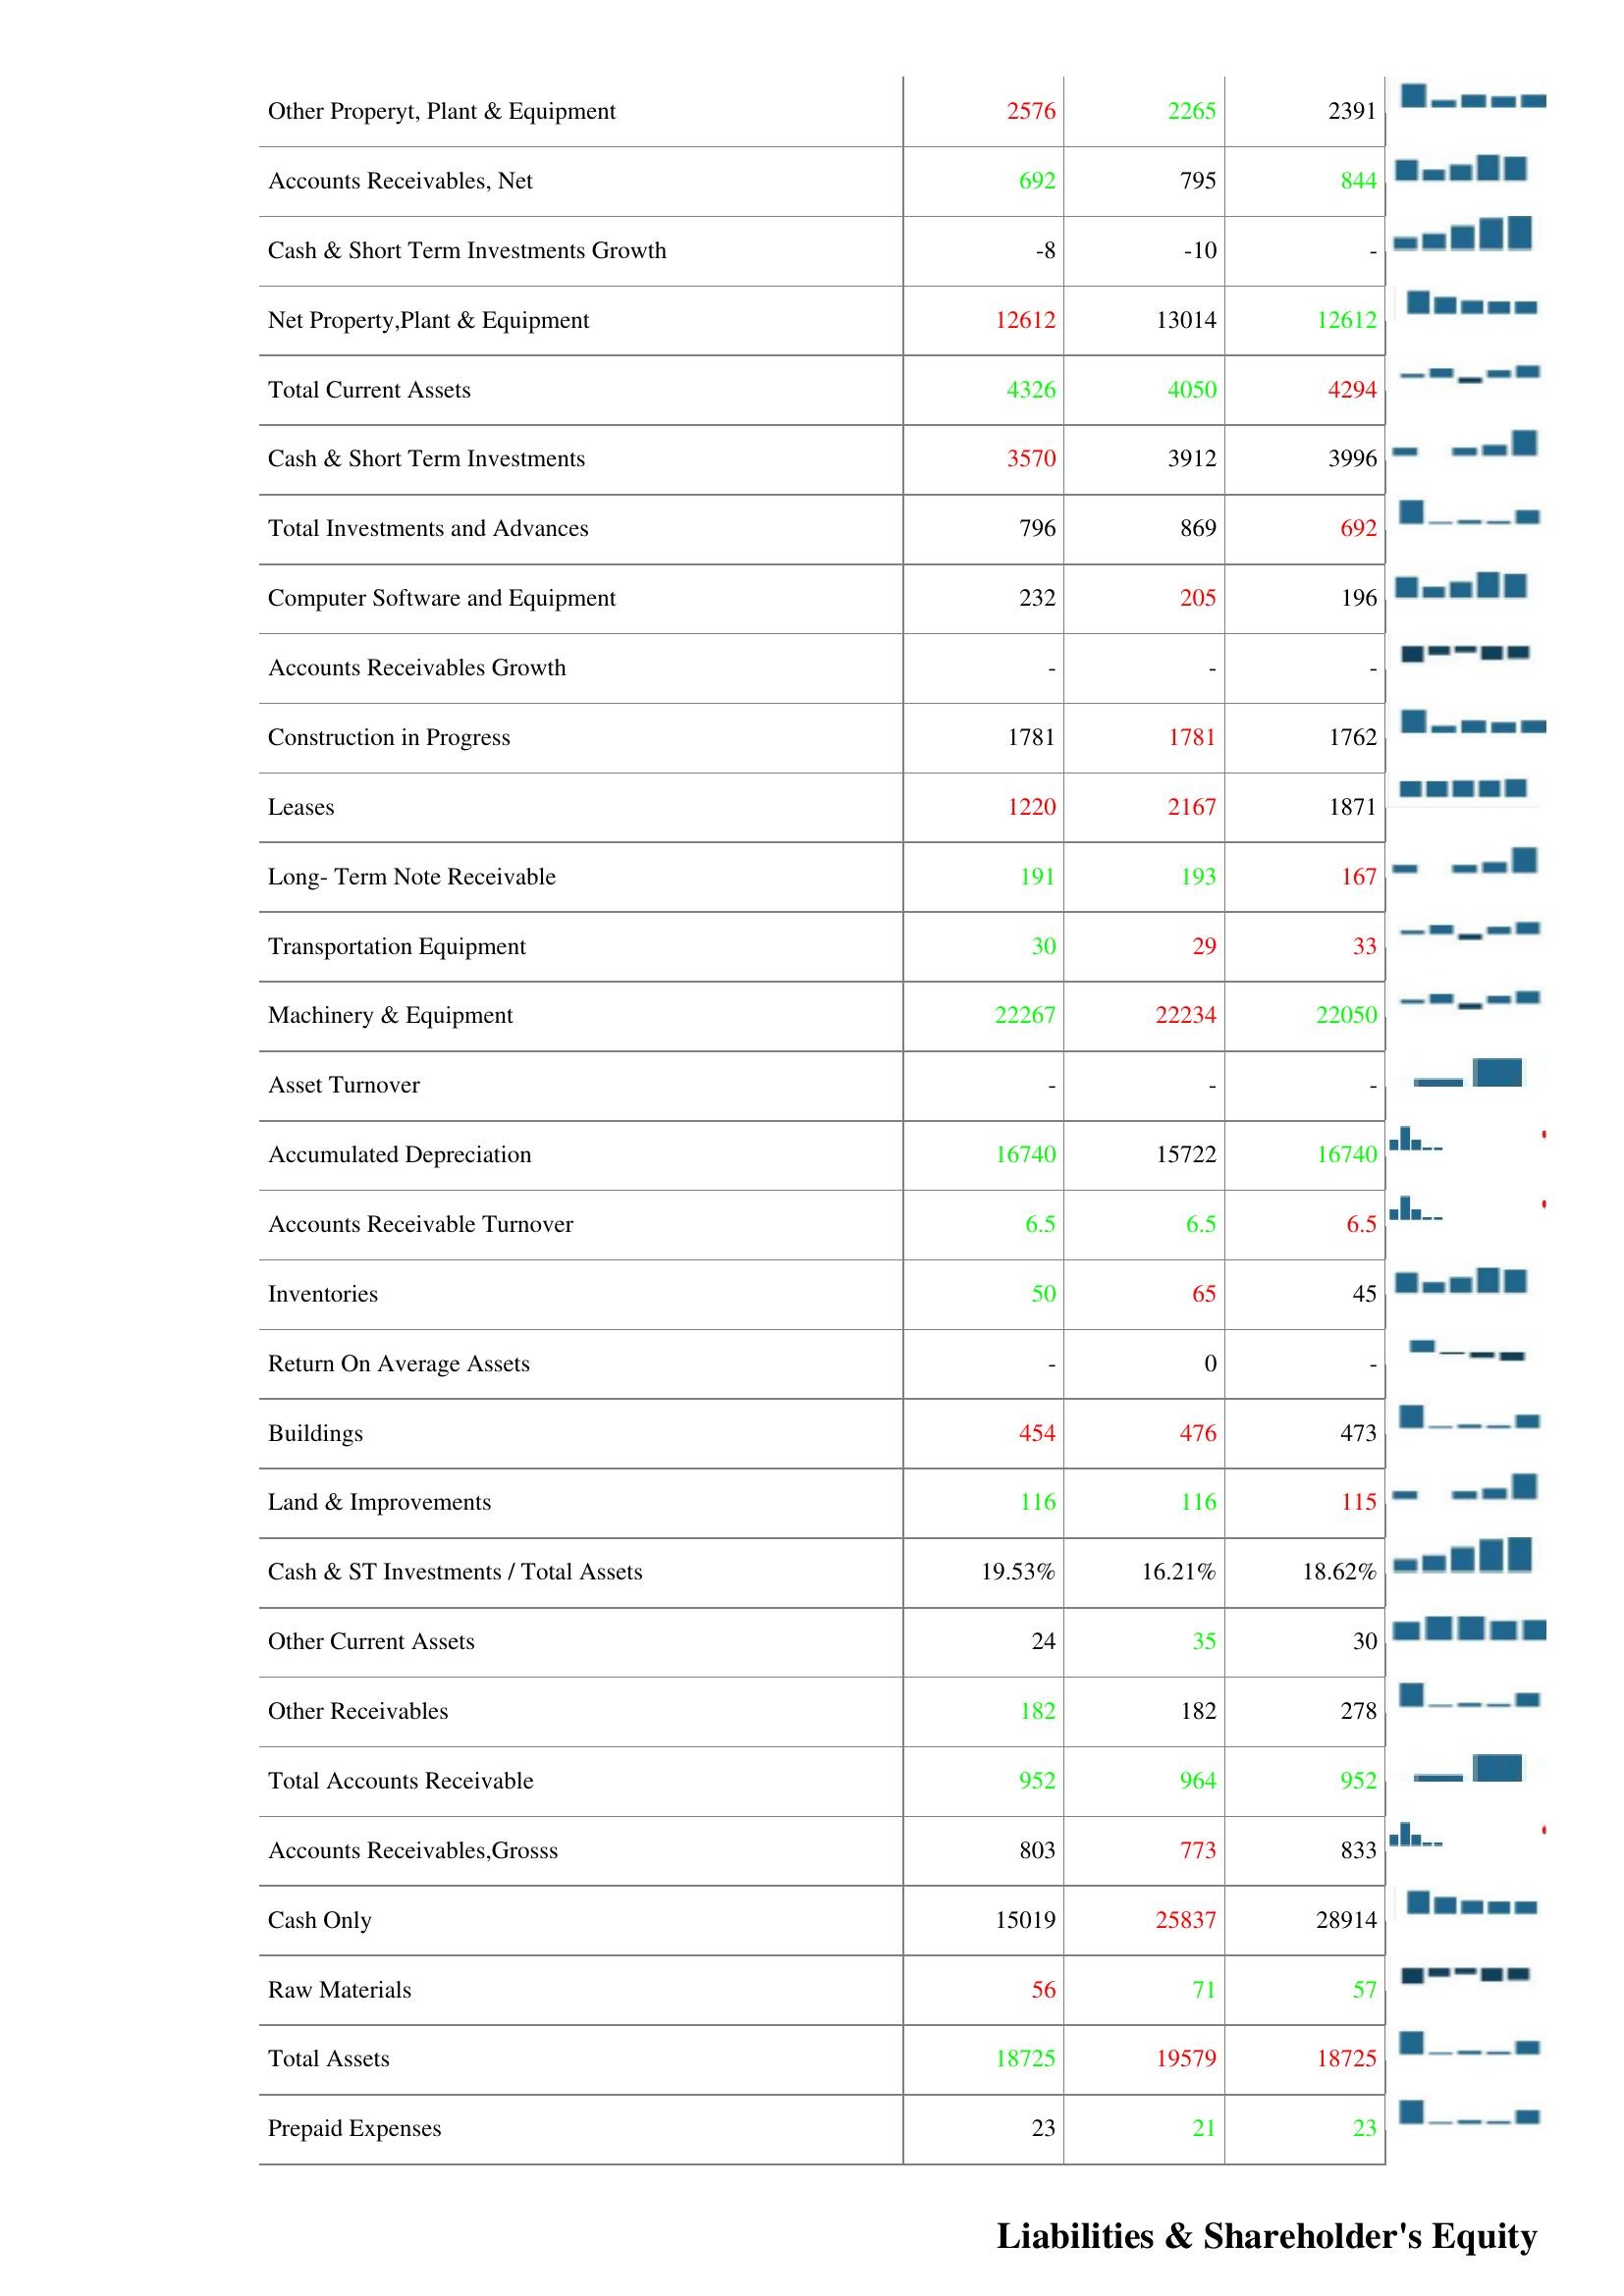
2003: Assets: Bad Debt/Doubtful Accounts: 0
Other Assets: 2
Assets - Total-Growth: -
Finished Goods: 4
Property, Plant & Equipment -Gross: 29400
LT Investment - Affiliate Companies: 556
Deferred Charges: 2
Other Properyt, Plant & Equipment: 2576
Accounts Receivables, Net: 692
Cash & Short Term Investments Growth: -8
Net Property,Plant & Equipment: 12612
Total Current Assets: 4326
Cash & Short Term Investments: 3570
Total Investments and Advances: 796
Computer Software and Equipment: 232
Accounts Receivables Growth: -
Construction in Progress: 1781
Leases: 1220
Long- Term Note Receivable: 191
Transportation Equipment: 30
Machinery & Equipment: 22267
Asset Turnover: -
Accumulated Depreciation: 16740
Accounts Receivable Turnover: 6.5
Inventories: 50
Return On Average Assets: -
Buildings: 454
Land & Improvements: 116
Cash & ST Investments / Total Assets: 19.53%
Other Current Assets: 24
Other Receivables: 182
Total Accounts Receivable: 952
Accounts Receivables,Grosss: 803
Cash Only: 15019
Raw Materials: 56
Total Assets: 18725
Prepaid Expenses: 23
2002: Assets: Bad Debt/Doubtful Accounts: 0
Other Assets: 4
Assets - Total-Growth: -
Finished Goods: 5
Property, Plant & Equipment -Gross: 29722
LT Investment - Affiliate Companies: 852
Deferred Charges: -
Other Properyt, Plant & Equipment: 2265
Accounts Receivables, Net: 795
Cash & Short Term Investments Growth: -10
Net Property,Plant & Equipment: 13014
Total Current Assets: 4050
Cash & Short Term Investments: 3912
Total Investments and Advances: 869
Computer Software and Equipment: 205
Accounts Receivables Growth: -
Construction in Progress: 1781
Leases: 2167
Long- Term Note Receivable: 193
Transportation Equipment: 29
Machinery & Equipment: 22234
Asset Turnover: -
Accumulated Depreciation: 15722
Accounts Receivable Turnover: 6.5
Inventories: 65
Return On Average Assets: 0
Buildings: 476
Land & Improvements: 116
Cash & ST Investments / Total Assets: 16.21%
Other Current Assets: 35
Other Receivables: 182
Total Accounts Receivable: 964
Accounts Receivables,Grosss: 773
Cash Only: 25837
Raw Materials: 71
Total Assets: 19579
Prepaid Expenses: 21
2001: Assets: Bad Debt/Doubtful Accounts: 0
Other Assets: 2
Assets - Total-Growth: -3
Finished Goods: 2
Property, Plant & Equipment -Gross: 30552
LT Investment - Affiliate Companies: 813
Deferred Charges: 2
Other Properyt, Plant & Equipment: 2391
Accounts Receivables, Net: 844
Cash & Short Term Investments Growth: -
Net Property,Plant & Equipment: 12612
Total Current Assets: 4294
Cash & Short Term Investments: 3996
Total Investments and Advances: 692
Computer Software and Equipment: 196
Accounts Receivables Growth: -
Construction in Progress: 1762
Leases: 1871
Long- Term Note Receivable: 167
Transportation Equipment: 33
Machinery & Equipment: 22050
Asset Turnover: -
Accumulated Depreciation: 16740
Accounts Receivable Turnover: 6.5
Inventories: 45
Return On Average Assets: -
Buildings: 473
Land & Improvements: 115
Cash & ST Investments / Total Assets: 18.62%
Other Current Assets: 30
Other Receivables: 278
Total Accounts Receivable: 952
Accounts Receivables,Grosss: 833
Cash Only: 28914
Raw Materials: 57
Total Assets: 18725
Prepaid Expenses: 23